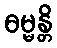
ဓမ္မန္တိ